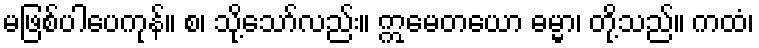
မဖြစ်ပါပေကုန်။ စ၊ သို့သော်လည်း။ ဣမေတယော ဓမ္မာ၊ တို့သည်။ ကထံ၊